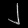
Digit: ၂